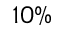
1 0 \%